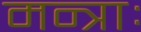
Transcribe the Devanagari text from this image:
मन्त्राः